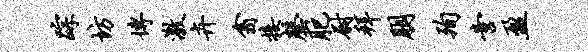
踪坊博激卉翕接罄肥尉拜朋殉啻盈